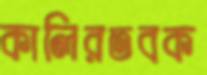
কালিরতবক